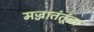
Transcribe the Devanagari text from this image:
मज्जातंतूंचा